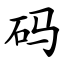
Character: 码